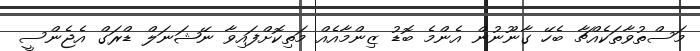
މަސްތުވާތަކެއްޗާ ބެހޭ ގާނޫނުން އެންމެ ބޮޑު ޒިންމާއެއް މަތިކޮށްފައިވާ ނޭޝަނަލް ޑްރަގް އެޖެންސީ